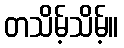
တသိမ့်သိမ့်။